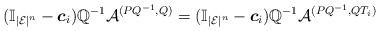
LaTeX: \begin{align*}(\mathbb{I}_{|\mathcal{E}|^n}-\boldsymbol{c}_i)\mathbb{Q}^{-1}\mathcal{A}^{(PQ^{-1},Q)}=(\mathbb{I}_{|\mathcal{E}|^n}-\boldsymbol{c}_i)\mathbb{Q}^{-1}\mathcal{A}^{(PQ^{-1},QT_i)}\end{align*}